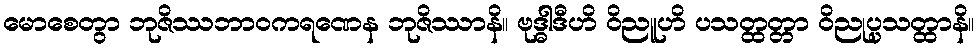
မောစေတွာ ဘုဇိဿဘာဝကရဏေန ဘုဇိဿာနိ။ ဗုဒ္ဓါဒီဟိ ဝိညူဟိ ပသတ္ထတ္တာ ဝိညုပ္ပသတ္ထာနိ။